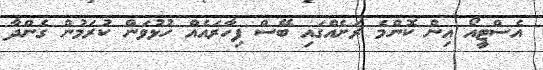
އެސްޓީއޯ އިން ކޮންމެ ރަށެއްގައި ބޭސް ފިހާރައެއް ހުޅުވަން ކުރަމުން ގެންދާ